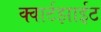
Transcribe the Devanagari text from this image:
क्वार्टझाईट